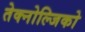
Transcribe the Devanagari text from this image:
तेक्नोल्जिको